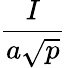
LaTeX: \frac{I}{a{\sqrt{p}}}